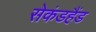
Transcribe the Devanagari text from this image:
सेकंडहैंड